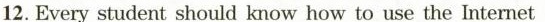
12. Every student should know how to use the Internet